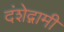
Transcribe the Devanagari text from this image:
दंशेद्गामी